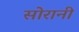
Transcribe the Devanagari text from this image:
सोरानी